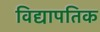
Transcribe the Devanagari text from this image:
विद्यापतिक